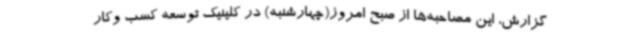
گزارش، این مصاحبه‌ها از صبح امروز(چهارشنبه) در کلینیک توسعه کسب وکار